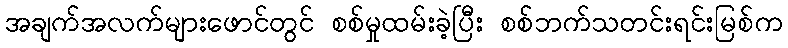
အချက်အလက်များဖောင်တွင် စစ်မှုထမ်းခဲ့ပြီး စစ်ဘက်သတင်းရင်းမြစ်က